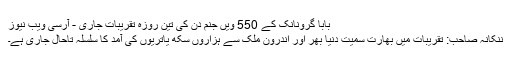
﻿ بابا گرونانک کے 550 ویں جنم دن کی تین روزہ تقریبات جاری - آرسی ویب نیوز
ننکانہ صاحب: تقریبات میں بھارت سمیت دنیا بھر اور اندرون ملک سے ہزاروں سکھ یاتریوں کی آمد کا سلسلہ تاحال جاری ہے۔